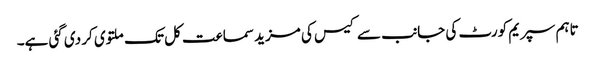
تاہم سپریم کورٹ کی جانب سے کیس کی مزید سماعت کل تک ملتوی کر دی گئی ہے۔